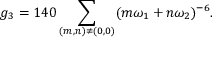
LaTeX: g _ { 3 } = 1 4 0 \sum _ { ( m , n ) \neq ( 0 , 0 ) } ( m \omega _ { 1 } + n \omega _ { 2 } ) ^ { - 6 } .